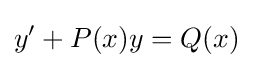
y'+P(x)y=Q(x)